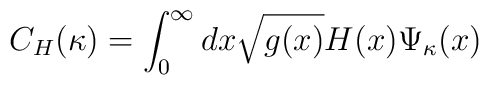
C_{H}(\kappa) =\int_{0}^{\infty} dx \sqrt{g(x)} H(x) \Psi_{\kappa}(x)